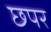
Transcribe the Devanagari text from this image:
छपर